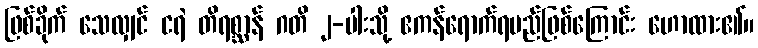
ဖြစ်ခိုက် သေလျှင် ငရဲ တိရစ္ဆာန် ဂတိ ၂-ပါးသို့ ဧကန်ရောက်ရမည်ဖြစ်ကြောင်း ဟောထား၏။